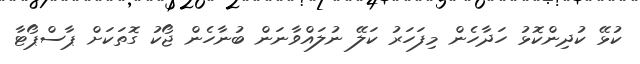
ކުޅޭ ކުދިންކޮޅު ހަދާހެން މިފަހަރު ކަލޭ ނުލައްވާނަން ބުނާހެން ޖޯކު ގޮތަކަށް ޕާސްޕޯޓާ